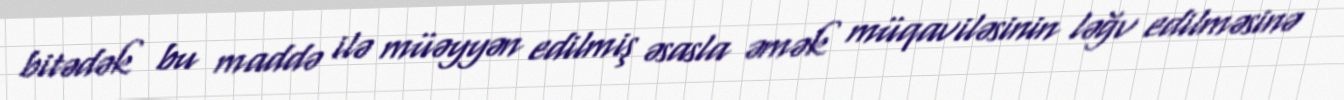
bitədək bu maddə ilə müəyyən edilmiş əsasla əmək müqaviləsinin ləğv edilməsinə